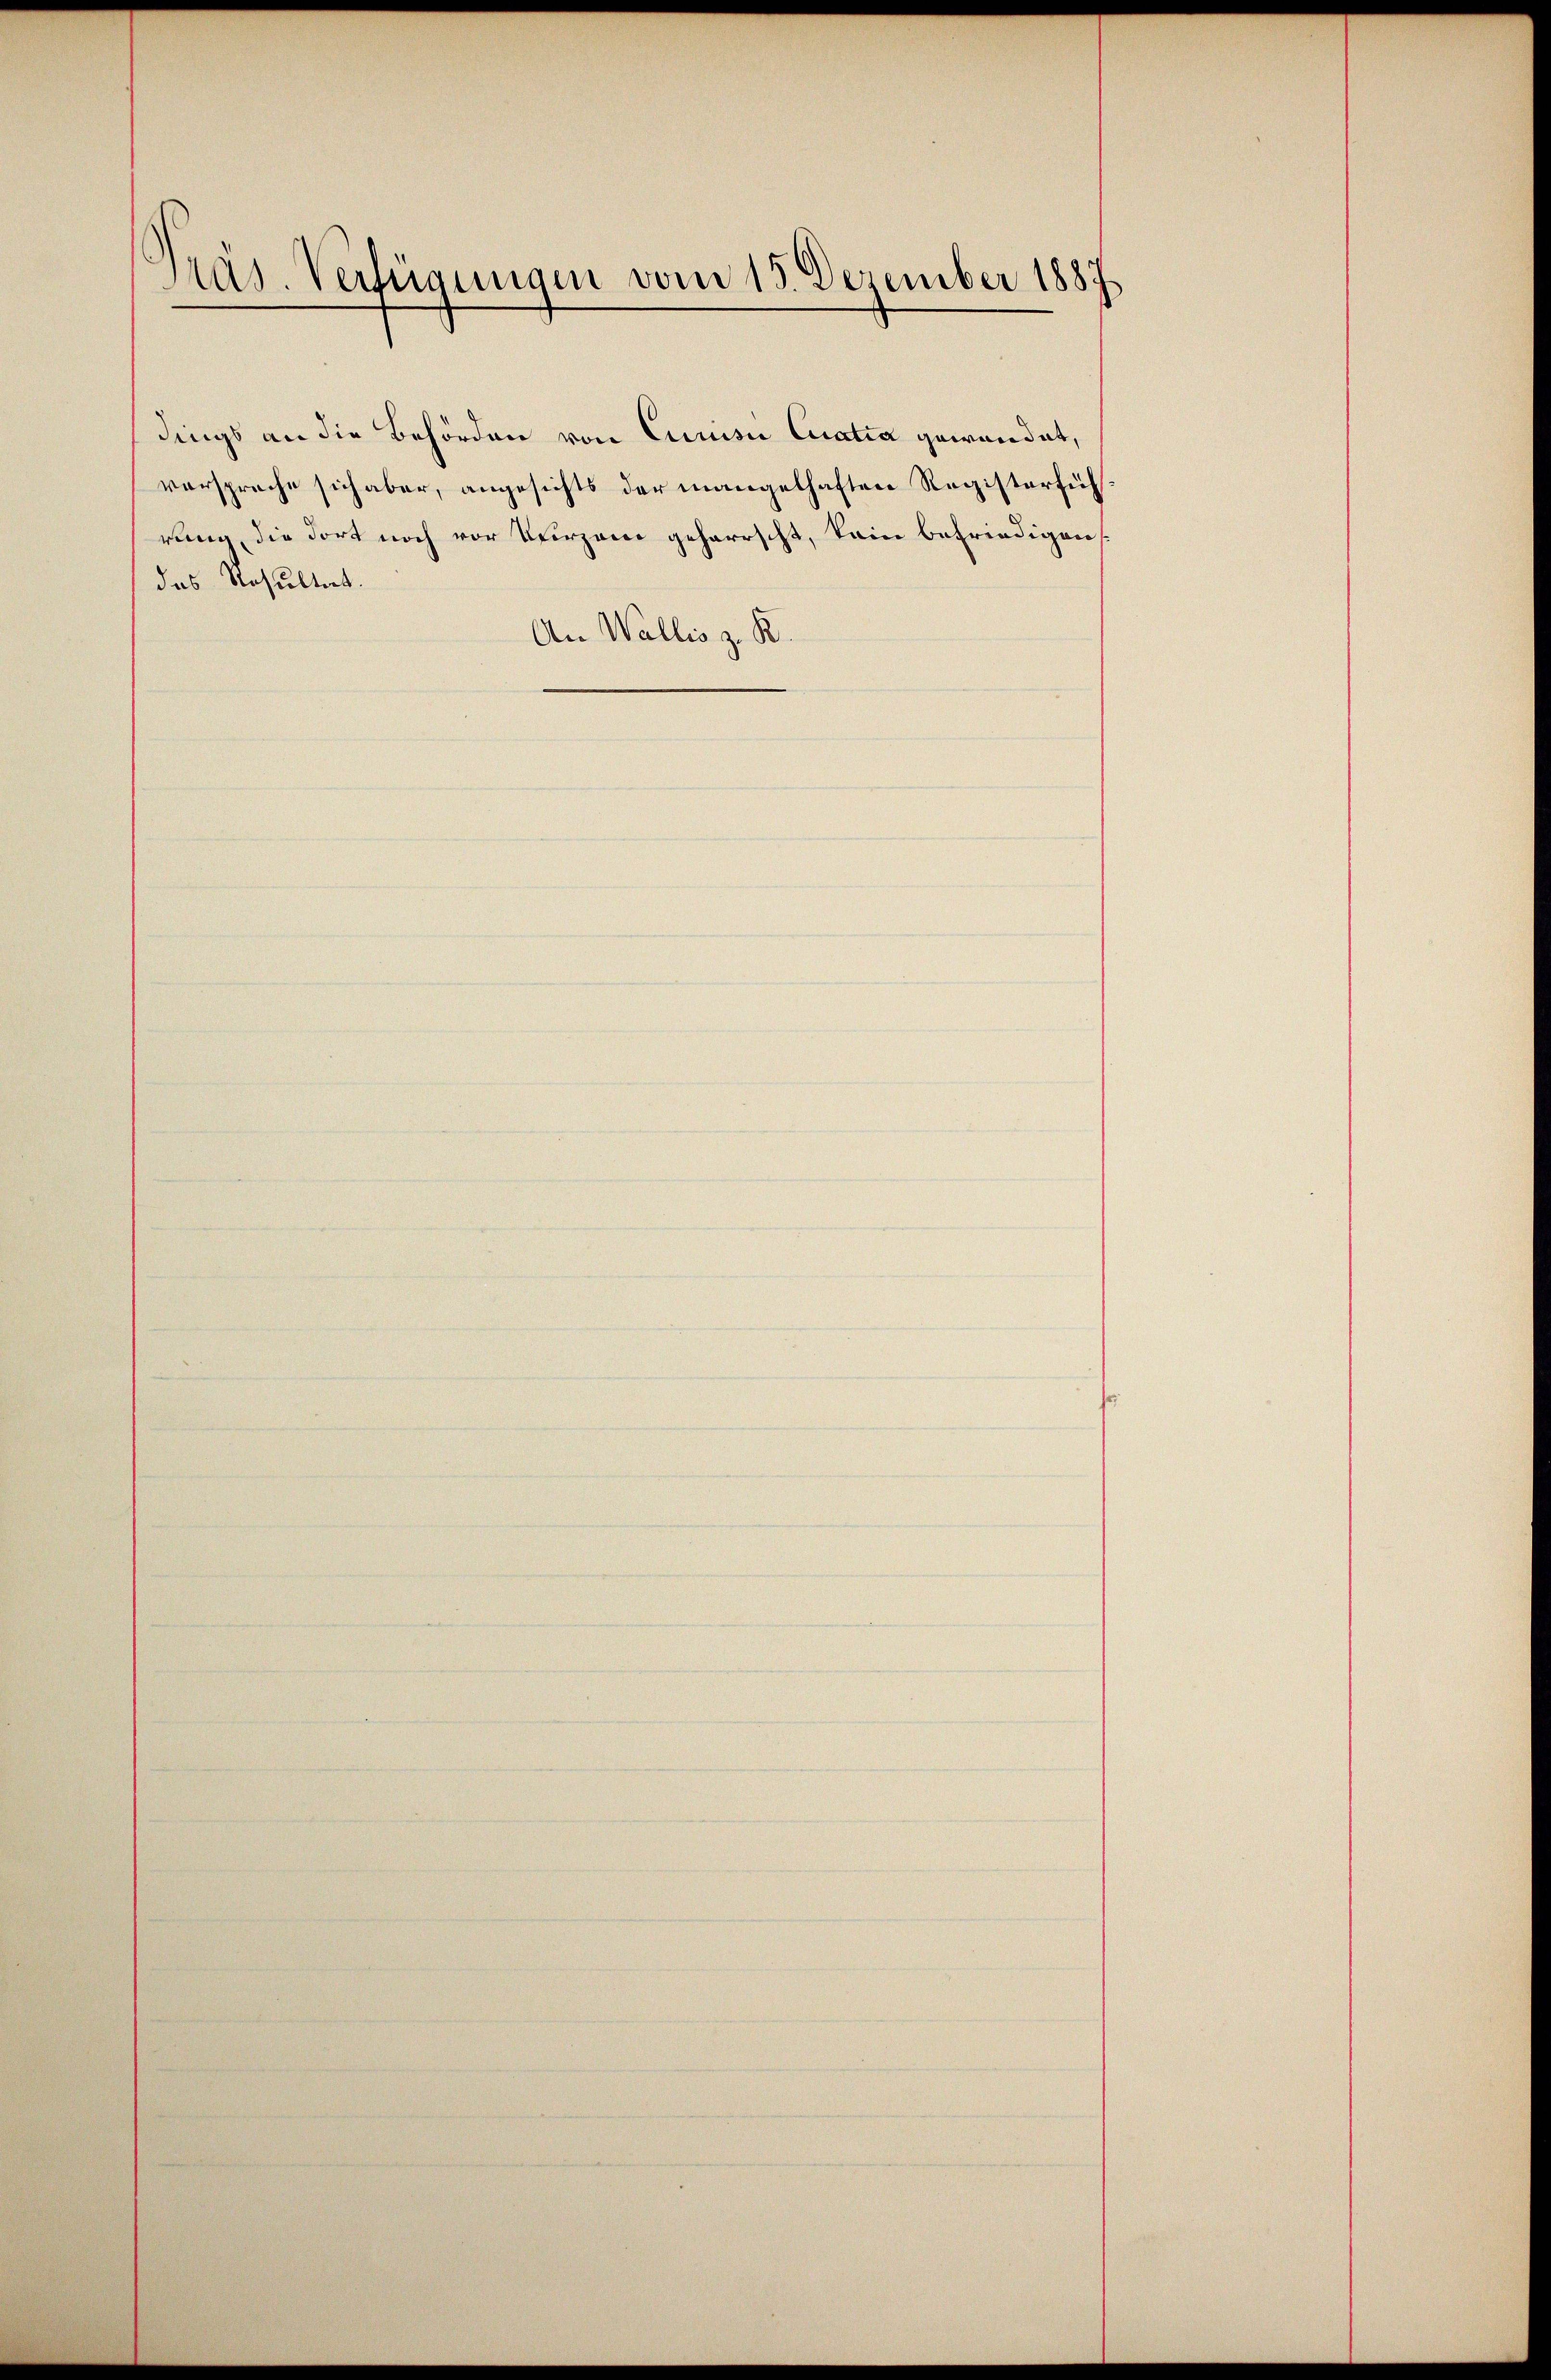
Präs. Verfügungen vom 15. Dezember 1887

das Resultat.
An Wallis z. K.

dings an die Behörden von Cunisie Curatia gewandet,
vorspreche sich aber, angesichts der mangelhaften Registerführung, die dort noch vor Verzene geherrscht, kein befriedigens